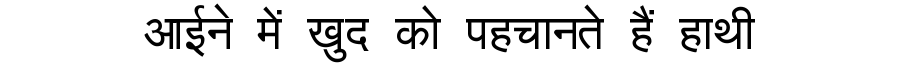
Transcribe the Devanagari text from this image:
आईने में खुद को पहचानते हैं हाथी